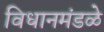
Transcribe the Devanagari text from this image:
विधानमंडळे